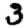
Digit: 3